Annual statistical returns and brief notes on vaccination in Bengal - 1909-1929
Year: 1909
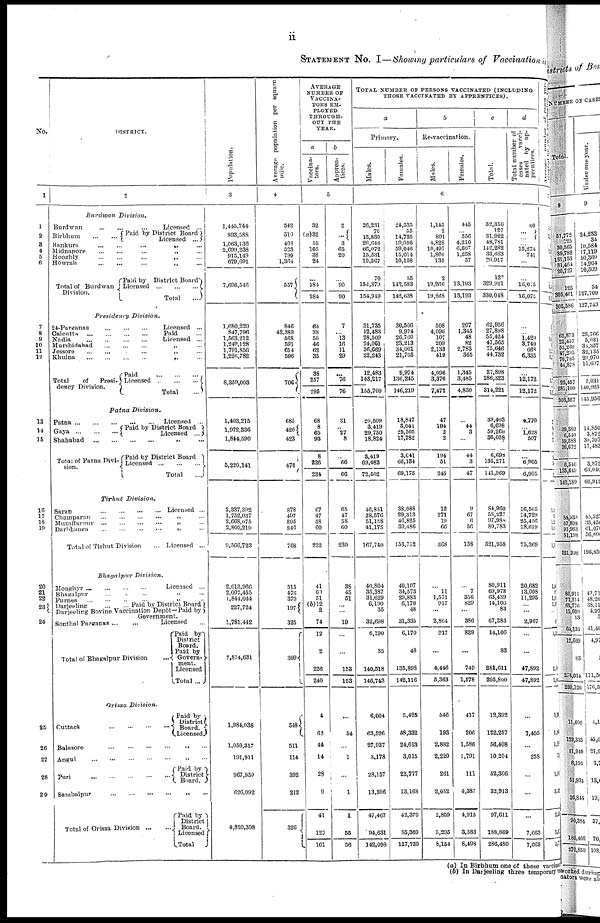
ii
STATEMENT No. I—Showing particulars of Vaccination in
No.
1
1
2
3
4
5
6
7
8
9
10
11
12
13
14
15
16
17
18
19
20
21
22
23
24
25
26
27
28
29
DISTRICT.
2
Burdwan
Division.
Burdwan
...
...
...
Licensed ...
Birbhum
...
...
Paid by District Board
Licensed ...
Bankura ... ... ... „ ...
Midnapore
...
...
...
„ ...
Hooghly
...
...
...
„
...
Howrah
...
...
...
„
...
Total of Burdwan
Division.
Paid by District Board
Licensed
...
...
...
Total
...
Presidency
Division.
24-Parganas ... ... ... Licensed ...
Calcutta ... ... ... ... Paid ...
Nadia
...
...
...
...
Licensed ...
Murshidabad
...
...
...
„ ...
Jessore
...
...
...
„
...
Khulna
...
...
...
...
„ ...
Total
of
Presi-
dency Division.
Paid
...
...
...
Licensed
...
...
...
Total
...
Patna
Division.
Patna
...
...
...
...
...
Licensed ...
Gaya...
...
... Paid by District Board
Licensed ...
Shahabad
...
...
...
...
„
...
Total of Patna Divi-
sion.
Paid by District Board
Licensed
...
...
...
Total
...
Tirhut
Division.
Saran
...
...
...
...
Licensed ...
Champaran
...
...
...
...
„
...
Muzaffarpur
...
...
...
...
„
...
Darbhanga
...
...
...
...
„
...
Total of Tirhut Division
... Licensed ...
Bhagalpur
Division.
Monghyr ...
...
...
...
Licensed ...
Bhagalpur
...
...
...
„
...
Purnea ... ... ... ... „ ...
Darjeeling
...
...Paid
by District Board
Darjeeling Bovine Vaccination Depôt—Paid by
Government.
Sonthal Parganas
...
...
Licensed ...
Total of Bhagalpur Division ...
Paid by
District
Board.
Paid by
Govern-
ment.
Licensed
Total ...
Orissa
Division.
Cuttack
...
...
...
...
Paid by
District
Board.
Licensed
Balasore
...
...
...
...
„
...
Angul
...
...
...
...
„
...
Puri
...
...
...
...
...
Paid by
District
Board.
Sambalpur
...
...
...
...
„
...
Total of Orissa Division
...
...
Paid by
District
Board.
Licensed
Total
Population.
3
1,445,744
893,588
1,063,136
2,699,238
915,149
679,691
7,696,546
1,680,229
847,796
1,563,212
1,249,128
1,791,856
1,226,782
8,359,003
1,403,215
1,972,336
1,844,590
5,220,141
2,337,392
1,752,037
2,668,075
2,809,219
9,566,723
2,013,966
2,007,455
1,844,044
227,724
1,781,442
7,874,631
1,984,038
1,050,317
191,911
967,950
626,092
4,820,308
Average
population per square
mile.
4
542
510
408
523
790
1,364
557
846
42,389
568
591
614
596
706
685
420
423
470
878
497
895
846
768
515
476
370
197
325
399
548
511
114
392
212
326
AVERAGE
NUMBER OF
VACCINA-
TORS EM-
PLOYED
THROUGH-
OUT THE
YEAR.
a
Vaccina-
tors.
b
Appren-
tices.
5
32
(a)32
53
105
38
24
...
284
284
64
38
50
46
62
35
38
257
295
68
8
65
93
8
226
234
67
47
58
60
232
41
60
51
(b)12
2
74
12
2
226
240
4
62
44
14
28
9
41
120
161
2
...
3
65
20
...
...
90
90
7
...
13
16
11
29
...
76
76
31
... 27
8
...
66
66
65
47
58
60
230
38
45
51
...
...
19
...
...
158
153
...
54
...
1
...
1
1
55
56
TOTAL NUMBER OP PERSONS VACCINATED (INCLUDING
THOSE VACCINATED BY APPRENTICES).
a
Primary.
Males.
Females.
b
Re-vaccination.
Males.
Females.
c
Total.
d
Total number of
cases
vacci-
nated by ap-
prentices.
6
26,231
70
15,830
20,648
66,072
15,531
10,567
70
154,879
154,949
31,735
12,483
28,509
24,061
36,669
22,243
12,483
143,217
155,700
20,509
3,419
29,750
18,824
3,419
69,083
72,502
46,851
28,576
51,138
41,175
167,740
40,804
35,387
31,629
6,190
35
32,698
6,190
35
140,518
146,743
6,004
63,526
27,927
3,178
28,157
13,306
47,467
94,631
142,098
24,535
55
14,735
19,095
59,046
15,014
10,158
55
142,583
142,638
30,506
9,974
26,760
23,213
34,061
21,705
9,974
136,245
146,219
18,847
3,041
29,505
17,782
3,041
66,134
69,175
38,088
29,313
46,825
39,486
153,712
40,107
34,573
29,883
6,170
48
31,335
6,170
48
135,898
142,116
5,425
58,332
24,013
3,015
23,777
13,168
42,370
85,360
127,730
1,145
2
801
4,828
10,497
1,860
135
2
19,266
19,268
508
4,096
107
209
2,133
419
4,096
3,376
7,472
47
194
2
2
194
51
245
12
271
19
66
368
...
11
1,571
917
...
2,864
917
...
4,446
5,363
546
193
2,882
2,220
261
2,052
2,859
5,295
8,154
445
...
556
4,210
6,667
1,258
57
...
13,193
13,193
207
1,345
48
82
2,783
365
1,345
3,485
4,830
...
44
3
...
44
3
47
9
67
6
56
138
...
7
356
829
...
386
829
...
749
1,578
417
206
1,586
1,791
111
4,387
4,915
3,583
8,498
52,356
127
31,922
48,781
142,282
33,663
20,917
127
329,921
330,048
62,956
27,898
55,424
47,565
75,646
44,732
27,898
286,323
314,221
39,403
6,698
59,200
36,608
6,698
135,271
141,969
84,960
58,227
97,988
80,783
321,958
80,911
69,978
63,439
14,106
83
67,283
14,106
83
281,611
295,800
12,392
122,257
56,408
10,204
52,306
32,913
97,611
188,869
286,480
60
... ...
... 15,274
741
...
...
16,075
16,075
...
...
1,429
3,740
668
6,335
...
12,172
12,172
4,770
... 1,628
507
...
6,905
6,905
16,565
14,729
25,456
18,619
75,369
20,682
13,008
11,295
... ...
2,907
...
...
47,892
47,892
...
7,405
...
258
...
...
...
7,663
7,663
Average
number
of
cases
vac-
cinated
by
each
vaccinators.
7
4
4
1
12
1
...
1,1
1,1
1
1,
1,
2
1,
1,
5
5
2
8
5
5
12
2
13 1,8
1,8
1,4
7 1
1,1
8
1, 1
1,0
1,0
3,1
1,8
1,2
71
1,8
3,32
2,3
1,5
1,710
(a) In Birbhum one of these vaccinat
(b) In Darjeeling three temporary va